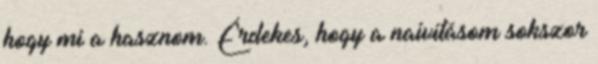
hogy mi a hasznom. Érdekes, hogy a naivitásom sokszor